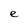
Character: e